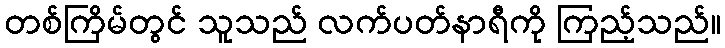
တစ်ကြိမ်တွင် သူသည် လက်ပတ်နာရီကို ကြည့်သည်။